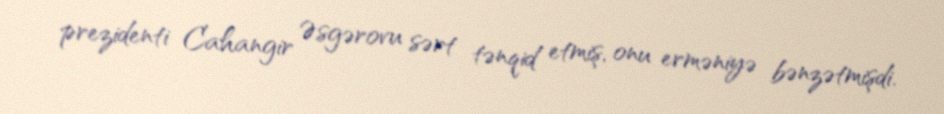
prezidenti Cahangir Əsgərovu sərt tənqid etmiş, onu erməniyə bənzətmişdi.